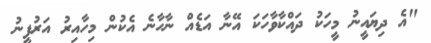
"އެ ދިޔައީނު މީހަކު ދައްކާވާހަކަ އޭނާ އަޑެއް ނާހާނެ އެކުން މިހާއިރު އަރުފީނު